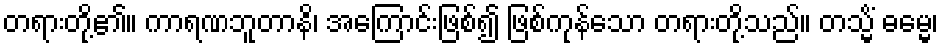
တရားတို့၏။ ကာရဏဘူတာနိ၊ အကြောင်းဖြစ်၍ ဖြစ်ကုန်သော တရားတို့သည်။ တသ္မိံ ဓမ္မေ၊